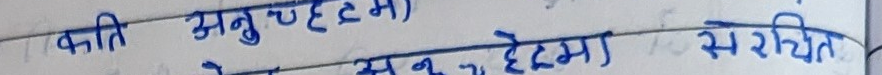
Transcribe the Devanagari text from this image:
कति अनुच्छेदम्)
अनुच्छेदम् सरचित्